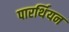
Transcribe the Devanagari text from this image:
पारर्थियन